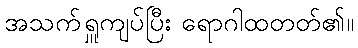
အသက်ရှူကျပ်ပြီး ရောဂါထတတ်၏။